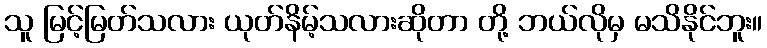
သူ မြင့်မြတ်သလား ယုတ်နိမ့်သလားဆိုတာ တို့ ဘယ်လိုမှ မသိနိုင်ဘူး။